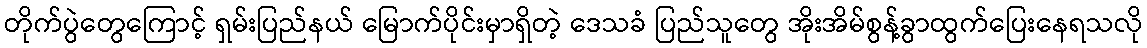
တိုက်ပွဲတွေကြောင့် ရှမ်းပြည်နယ် မြောက်ပိုင်းမှာရှိတဲ့ ဒေသခံ ပြည်သူတွေ အိုးအိမ်စွန့်ခွာထွက်ပြေးနေရသလို